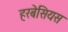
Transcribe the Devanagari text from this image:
हरबेसियस